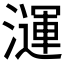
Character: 𪷦